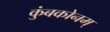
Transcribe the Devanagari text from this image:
कुंबकोनम्